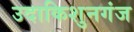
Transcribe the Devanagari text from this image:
उदाकिशुनगंज